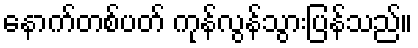
နောက်တစ်ပတ် ကုန်လွန်သွားပြန်သည်။